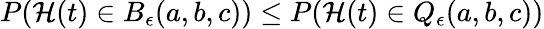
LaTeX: \begin{array}{r}{P(\mathcal{H}(t)\in B_{\epsilon}(a,b,c))\leq P(\mathcal{H}(t)\in Q_{\epsilon}(a,b,c))}\end{array}